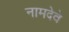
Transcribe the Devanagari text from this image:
नामदेवे